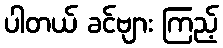
ပါတယ် ခင်ဗျား ကြည့်